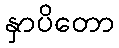
နှာပိတော